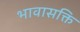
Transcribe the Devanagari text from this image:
भावासक्ति